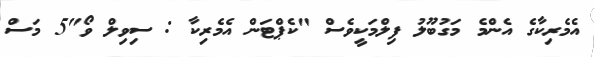
އެެމެރިކާގެ އެންމެ މަގުބޫލު ފިލްމަކީވެސް "ކެޕްޓަން އެމެރިކާ : ސިވިލް ވޯ"5 މަސް